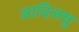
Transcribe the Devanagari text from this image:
आदिलघु